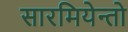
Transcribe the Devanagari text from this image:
सारमियेन्तो